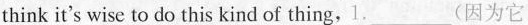
think it's wise to do this kind of thing,1._________(因为它